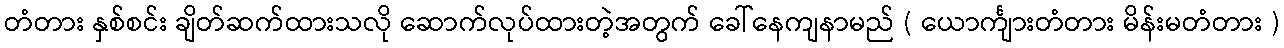
တံတား နှစ်စင်း ချိတ်ဆက်ထားသလို ဆောက်လုပ်ထားတဲ့အတွက် ခေါ်နေကျနာမည် ( ယောင်္ကျားတံတား မိန်းမတံတား )